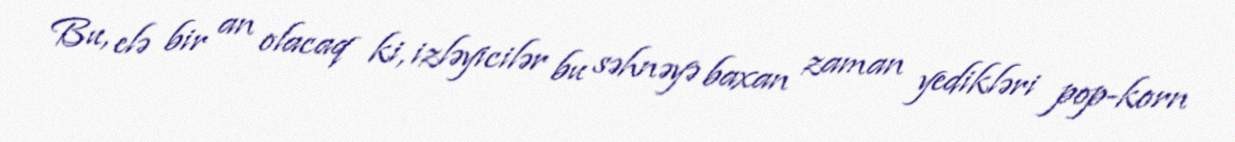
Bu, elə bir an olacaq ki, izləyicilər bu səhnəyə baxan zaman yedikləri pop-korn